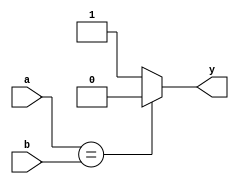
module xor_2bit(a,b,y);
input a,b;
output reg y;
always @ (a or b) begin
   if (a == b)
       	y = 1'b0;
   else 
       y = 1'b1; 
end


endmodule